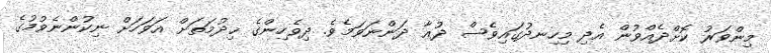
މިންވަރު ކޮށްދެއްވުން އެދި މިހިނދުގައިވެސް ދުޢާ ދަންނަވަމެވެ. ދިވެހިންގެ ޚިދުމަތަށް އަވަހަށް ނިކުންނެވުމުގެ